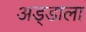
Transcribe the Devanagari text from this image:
अड्डाला